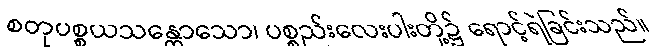
စတုပစ္စယသန္တောသော၊ ပစ္စည်းလေးပါးတို့၌ ရောင့်ရဲခြင်းသည်။